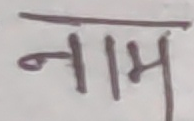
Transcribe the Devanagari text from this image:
नाम